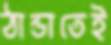
ঠান্ডাতেই